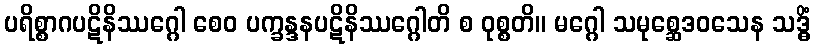
ပရိစ္စာဂပဋိနိဿဂ္ဂေါ စေဝ ပက္ခန္ဒနပဋိနိဿဂ္ဂေါတိ စ ဝုစ္စတိ။ မဂ္ဂေါ သမုစ္ဆေဒဝသေန သဒ္ဓိံ